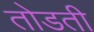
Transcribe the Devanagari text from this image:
तोडती